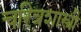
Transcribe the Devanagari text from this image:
चरित्रशास्त्री